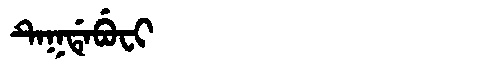
Manchu: ᡨᡝᡴᡩᡝᠪᡠᠸᡳ
Romanization: TEKDEBUFI